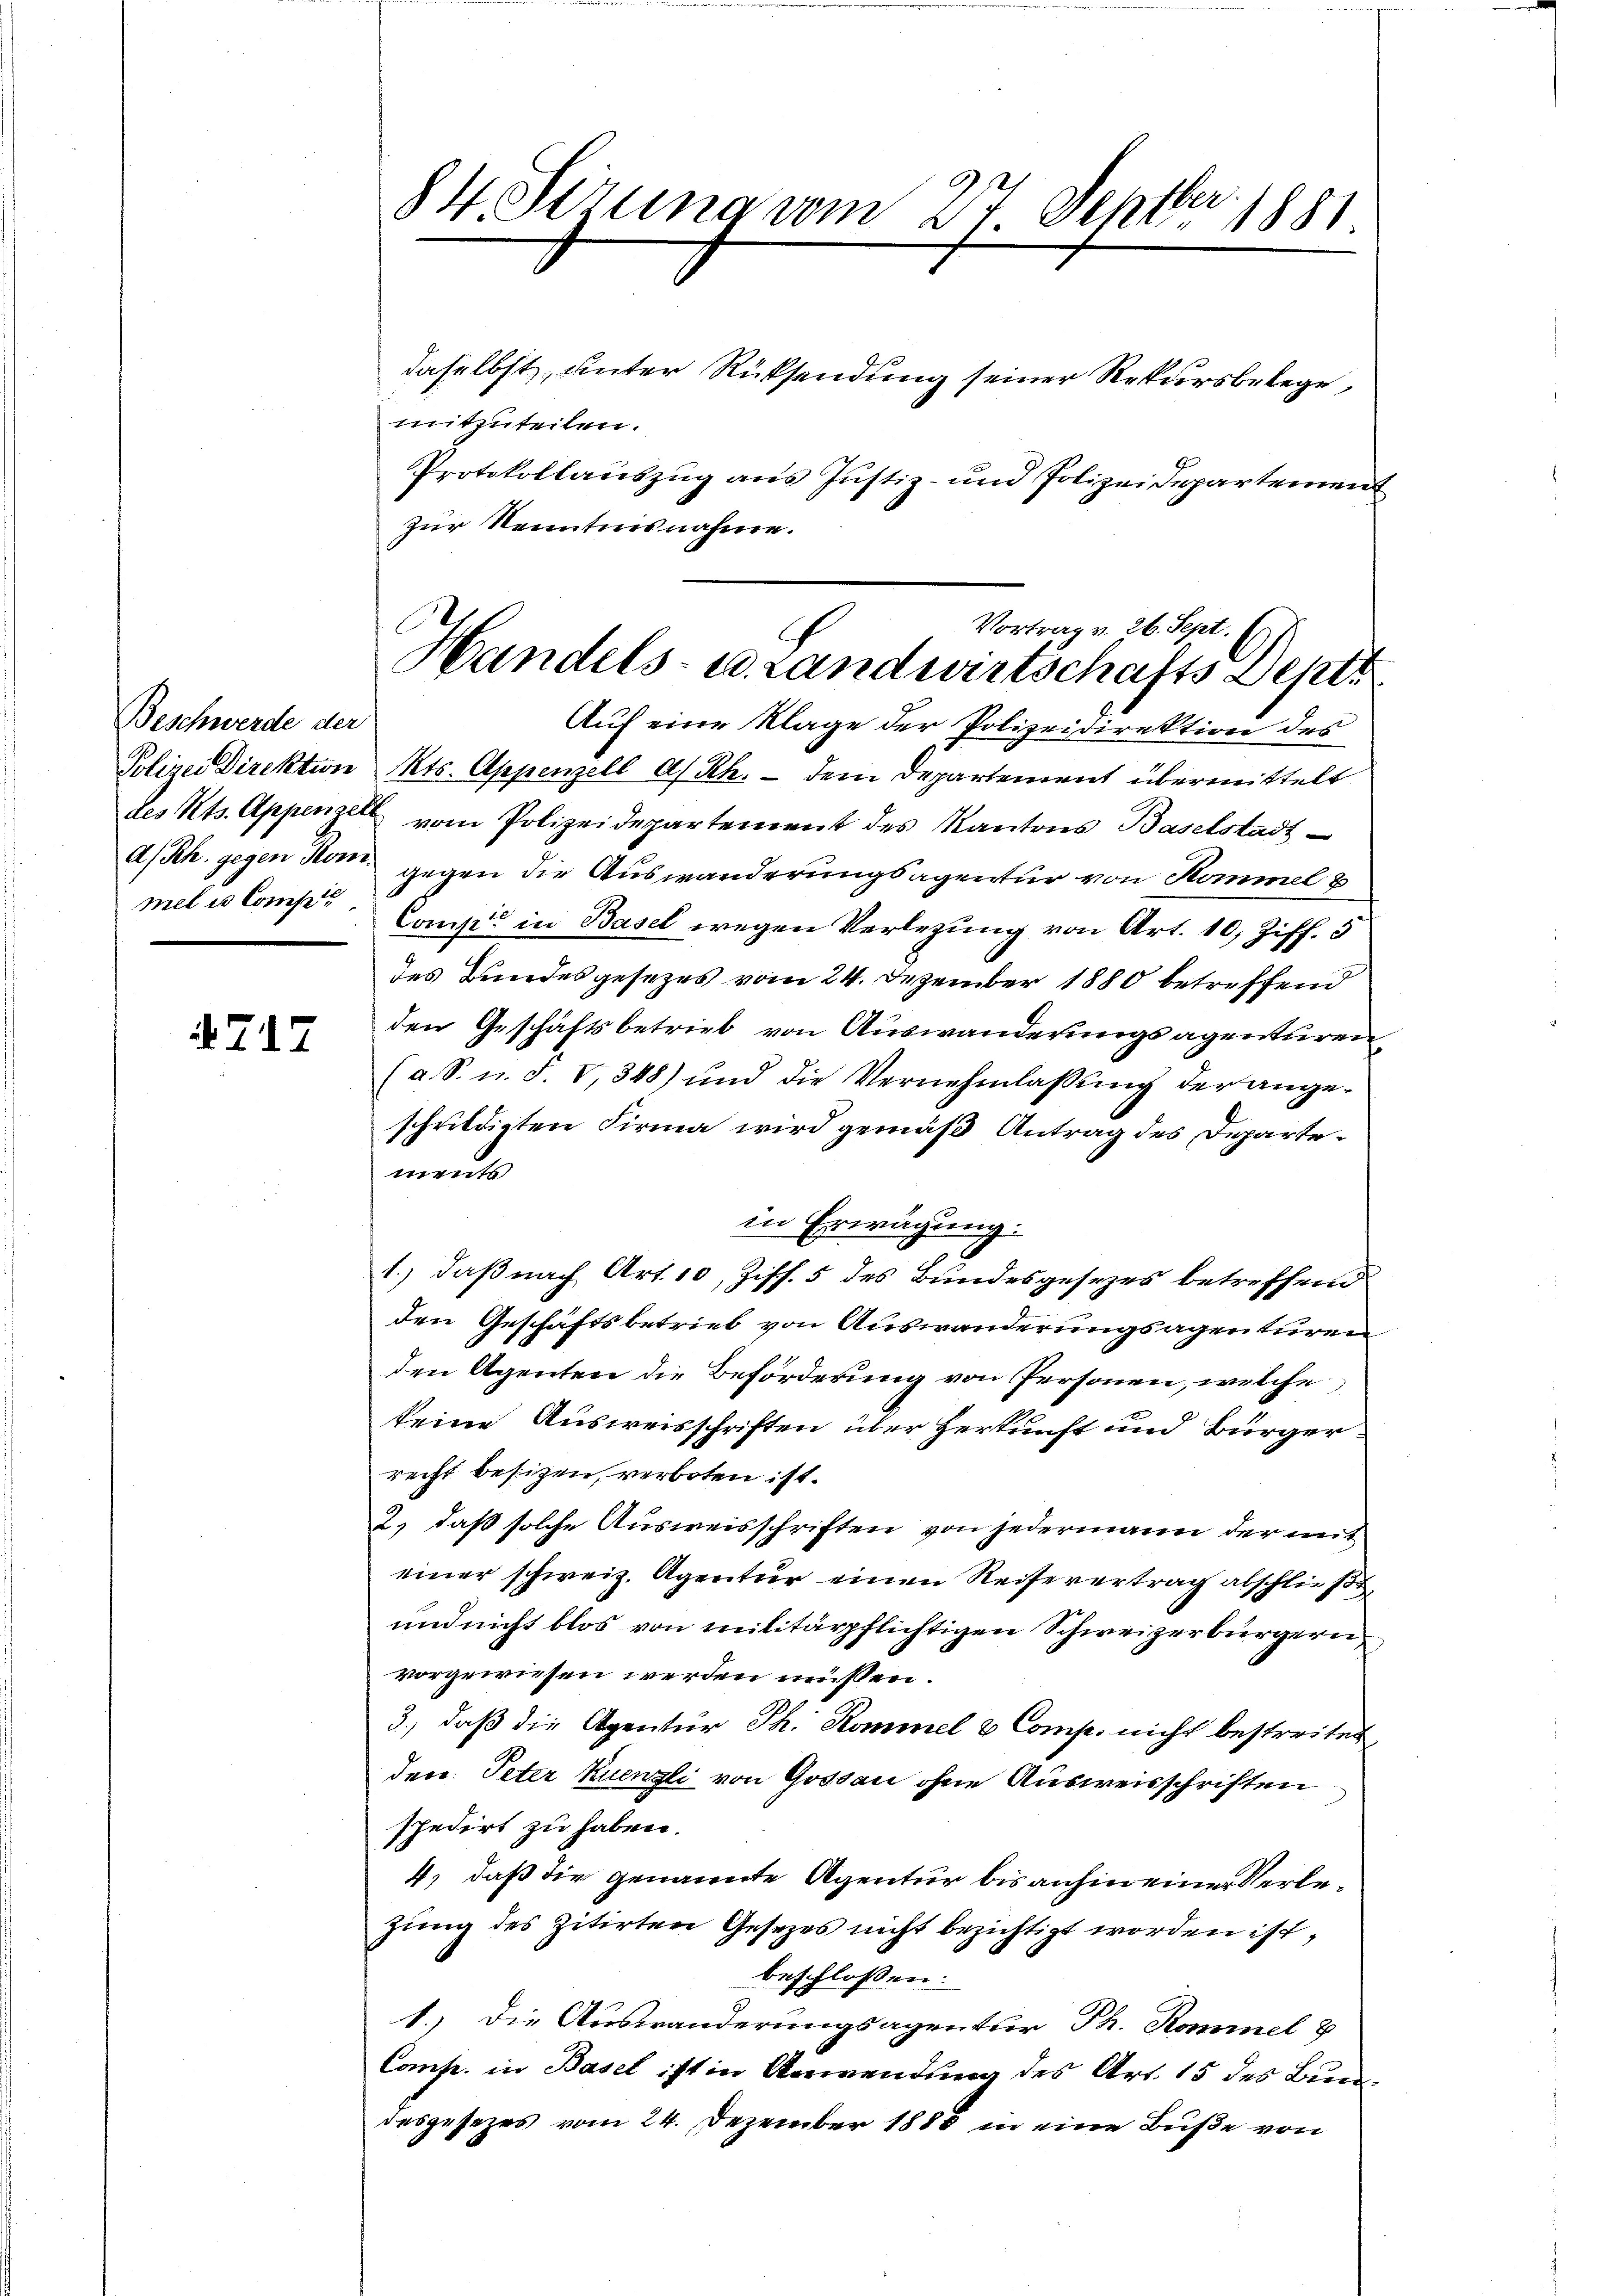
Beschwerde der
A/Rh. gegen Rom.
mel es Compet

717

84. Serung vom 27. Septbr. 1881

Vortrag v. 26. Sept. 19).
Handels- u. Landwirtschafts Sept.

daselbst, unter Rücksendung seiner Rekursbelege
mitzuteilen.
Protokollauszug aus Justiz- und Polizeidepartement
zur Kenntnisnahme.
Auf eine Klage der Polizeidirektion des
Polizei Direktion Kts. Appenzell A/Rh. - dem Departement übermittelt
des Kts. Appenzell vom Polizeidepartement des Kantons Baselstadt-
gegen die Auswanderungsagentur von Kommel b
Comp. in Basel wegen Verlegung von Art. 10, Ziff. 5
des Bundesgesezes vom 24. Dezember 1880 betreffend
den Geschäftsbetrieb von Auswanderungsagenturen
(a. S. u. F. V, 348) und die Vernehmlassŭng der ange-
schuldigten Firma wird gemäß Antrag des Departements
in Erwägung:
1.) daß nach Art. 10, Ziff. 5 des Bundesgesezes betreffend
den Geschäftsbetrieb von Auswanderungsagenturen
den Agenten die Beförderung von Personen, welche
keine Ausweisschriften über Herkunft und Bürger-
recht besizen, verboten ist.
2.) daß solche Ausweisschriften von jedermann der mit
einer schweiz. Agentur einen Reisevertrag abschließe,
und nicht blos von militärpflichtigen Schweizerbürgern
vorgewiesen werden müssen.
3., daß die Agentur Th. Kommel & Comp. nicht bestreitet,
den Peter kuenzli von Gossau ohne Ausweisschriften
spedirt zu haben.
4) daß die genannte Agentur bis anhin einer Verlezung des zitirten Gesetzes nicht bezichtigt worden ist,
beschlossen:
1.) Die Auswanderungsagentur Th. Kommel 8
Comp. in Basel ist in Anwendung des Art. 15 des Bundesgesezes vom 24. Dezember 1886 in eine Buße von